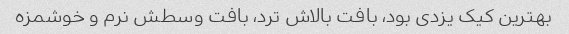
بهترین کیک یزدی بود، بافت بالاش ترد، بافت وسطش نرم و خوشمزه